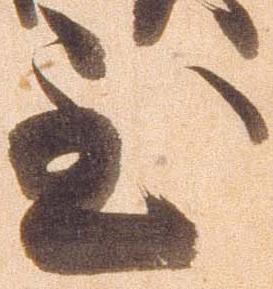
至